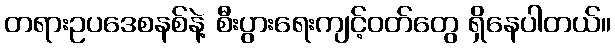
တရားဥပဒေစနစ်နဲ့ စီးပွားရေးကျင့်ဝတ်တွေ ရှိနေပါတယ်။